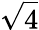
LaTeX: \sqrt{4}